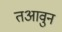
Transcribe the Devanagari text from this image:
तआवुन